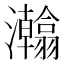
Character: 𱪗